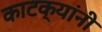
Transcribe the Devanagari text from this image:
काटक्यांनी